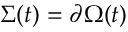
\Sigma ( t ) = \partial \Omega ( t )